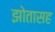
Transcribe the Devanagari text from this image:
झोतासह